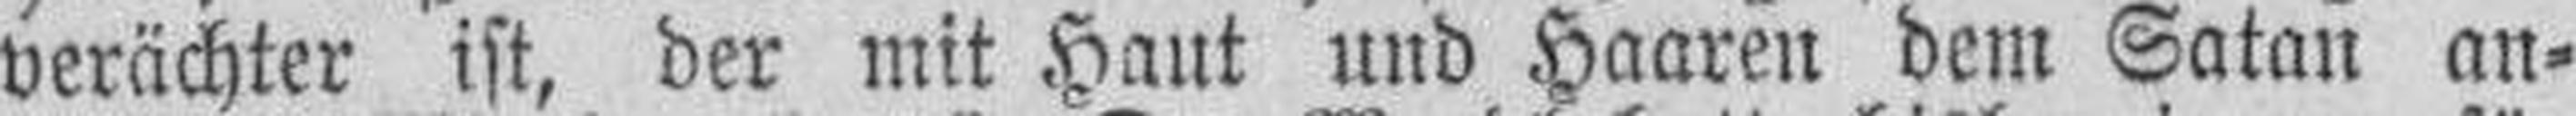
verächter ist, der mit Haut und Haaren dem Satan an¬